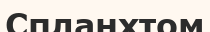
Спланхтом